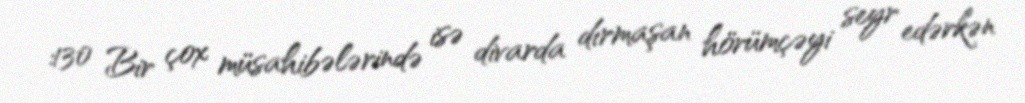
:130 Bir çox müsahibələrində isə divarda dırmaşan hörümçəyi seyr edərkən